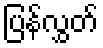
ပြန်လွှတ်